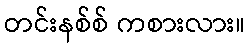
တင်းနစ်စ် ကစားလား။